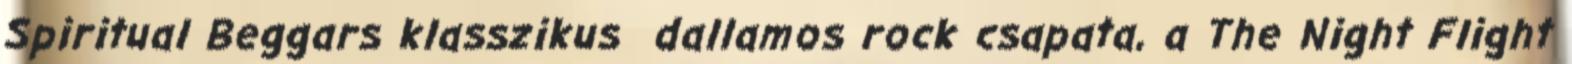
Spiritual Beggars klasszikus dallamos rock csapata, a The Night Flight